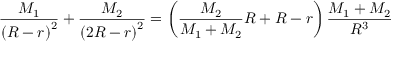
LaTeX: { \frac { M _ { 1 } } { \left( R - r \right) ^ { 2 } } } + { \frac { M _ { 2 } } { \left( 2 R - r \right) ^ { 2 } } } = \left( { \frac { M _ { 2 } } { M _ { 1 } + M _ { 2 } } } R + R - r \right) { \frac { M _ { 1 } + M _ { 2 } } { R ^ { 3 } } }